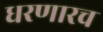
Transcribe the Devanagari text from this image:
धरणारच